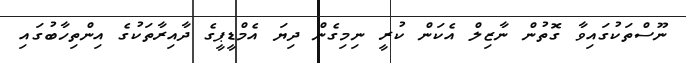
ނޫސްތަކުގައިވާ ގޮތުން ނާޒިލް އެކަން ކުރީ ނިމިގެން ދިޔަ އެމްޑީޕީގެ ދާއިރާތަކުގެ އިންތިހާބުގައި